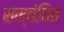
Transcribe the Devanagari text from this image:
सम्बंघित